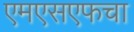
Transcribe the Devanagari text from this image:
एमएसएफचा